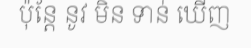
ប៉ុន្តែ នូវ មិន ទាន់ ឃើញ